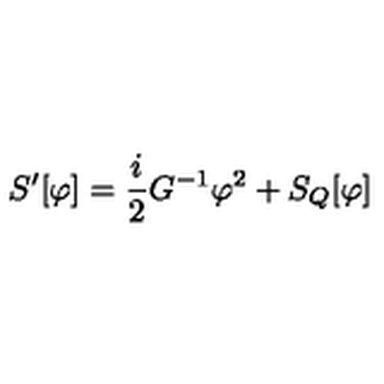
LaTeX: S ^ { \prime } [ \varphi ] = { \frac { i } { 2 } } G ^ { - 1 } \varphi ^ { 2 } + S _ { Q } [ \varphi ]